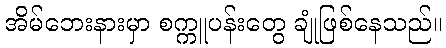
အိမ်ဘေးနားမှာ စက္ကူပန်းတွေ ချုံဖြစ်နေသည်။